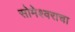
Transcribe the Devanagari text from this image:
सोमेश्वराचा